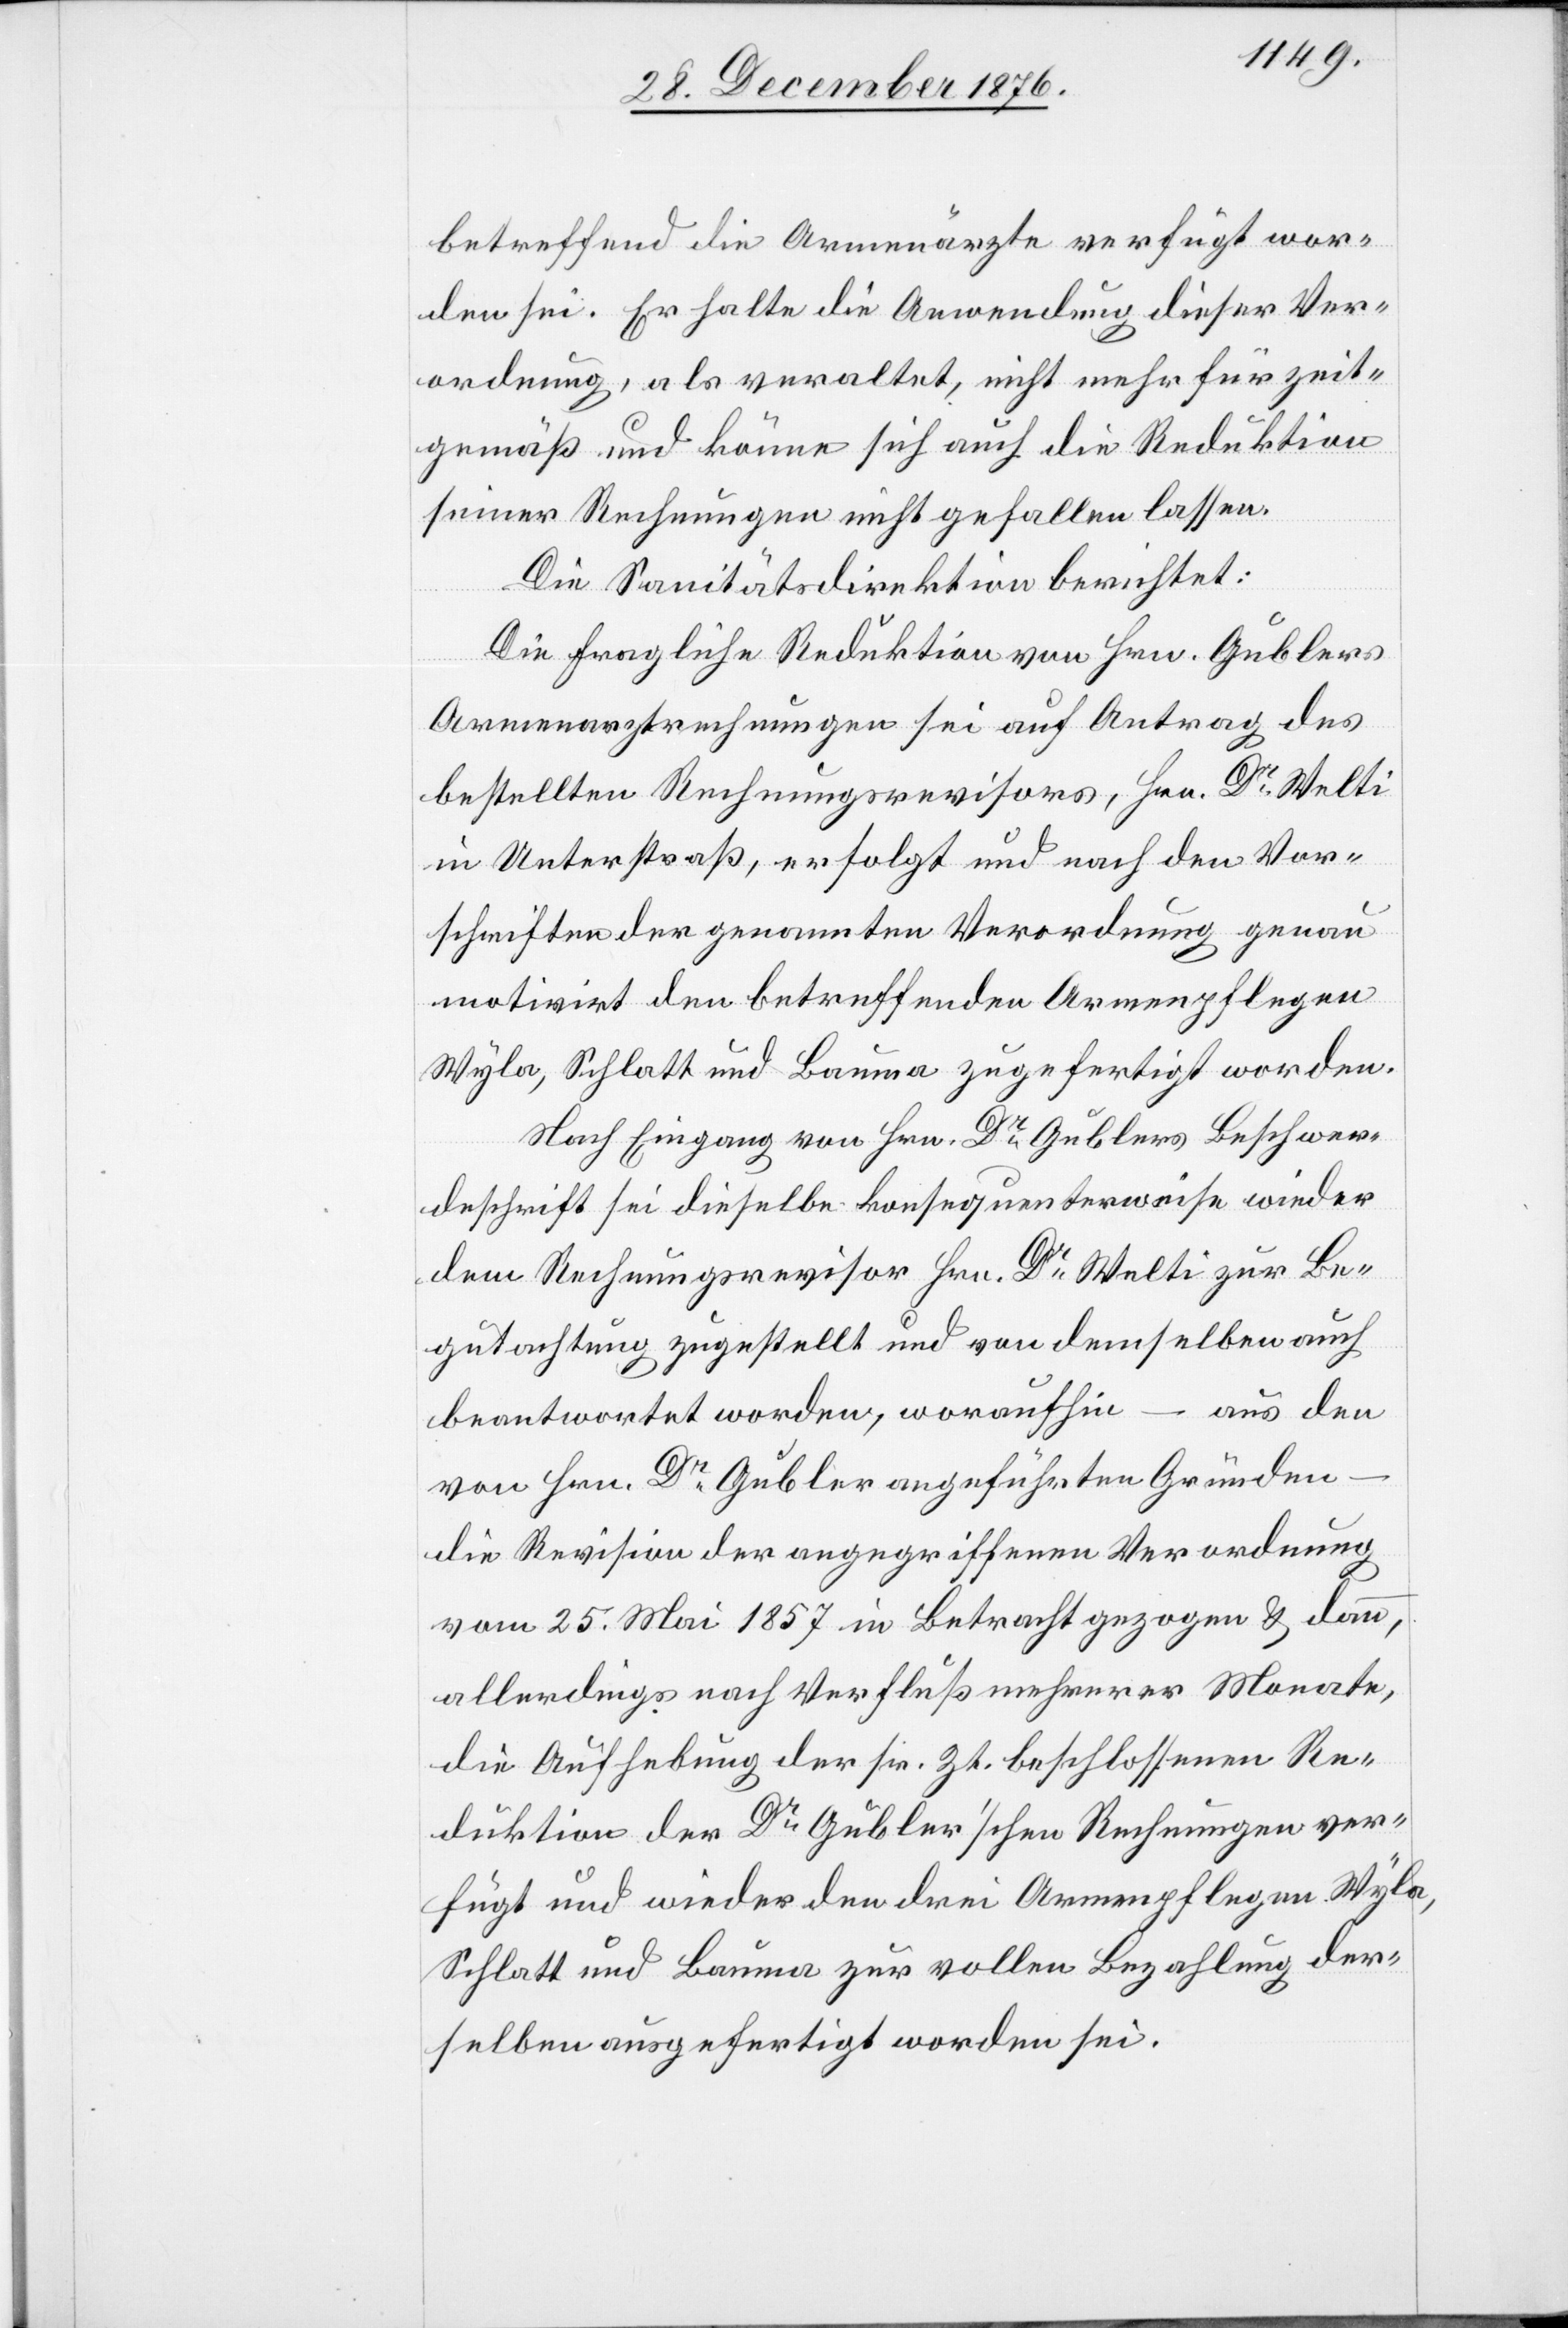
betreffend die Armenärzte verfügt wor¬
den sei. Er halte die Anwendung dieser Ver¬
ordnung, als veraltet, nicht mehr für zeit¬
gemäß und könne sich auch die Reduktion
seiner Rechnungen nicht gefallen lassen.
Die Sanitätsdirektion berichtet:
Die fragliche Reduktion von Hrn. Gublers
Armenarztrechnungen sei auf Antrag des
bestellten Rechnungsrevisors, Hrn. Dr Welti
in Unterstraß, erfolgt und nach den Vor¬
schriften der genannten Verordnung genau
motivirt den betreffenden Armenpflegen
Wyla, Schlatt und Bauma zugefertigt worden.
Nach Eingang von Hrn. Gublers Beschwer¬
deschrift sei dieselbe konsequenterweise wieder
dem Rechnungsrevisor Hrn. Dr Welti zur Be¬
gutachtung zugestellt und von demselben auch
– aus den
beantwortet worden, woraufhin
von Hrn. Dr Gubler angeführten Gründen
die Revision der angegriffenen Verordnung
vom 25. Mai 1857 in Betracht gezogen & dann,
allerdings nach Verfluß mehrerer Monate,
die Aufhebung der sr. Zt. beschlossenen Re¬
duktion der Dr Gubler’schen Rechnungen ver¬
fügt und wieder den drei Armenpflegen Wyla,
Schlatt und Bauma zur vollen Bezahlung der¬
selben ausgefertigt worden sei.